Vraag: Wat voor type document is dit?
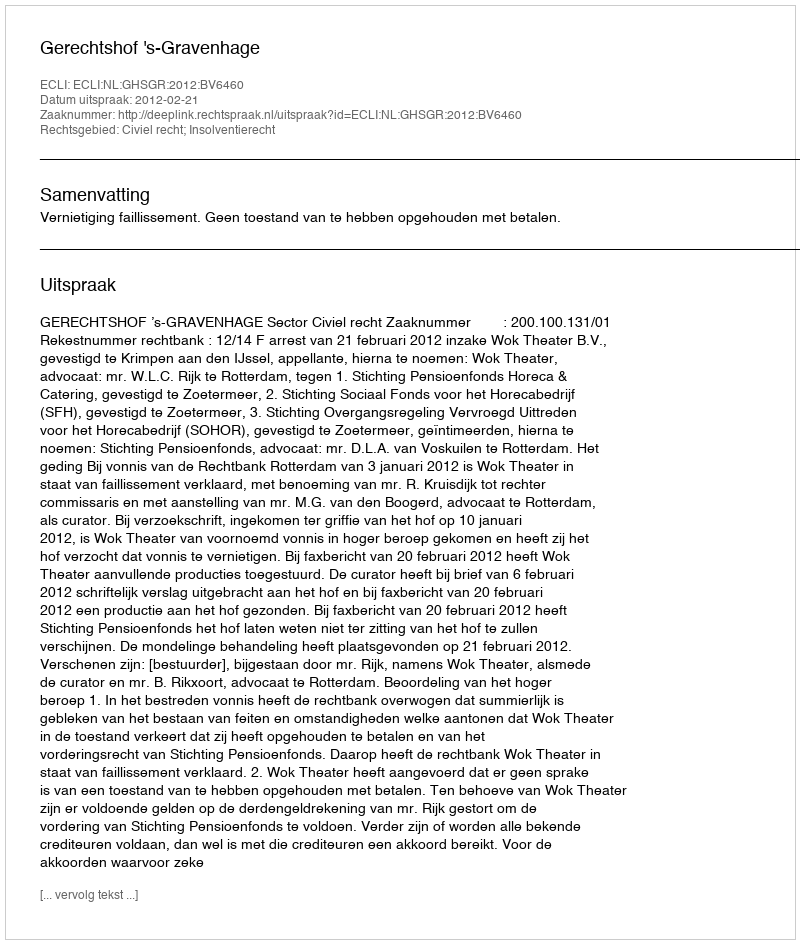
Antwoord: Uitspraak